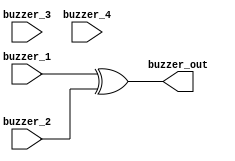
module buzzer_mixer(
	input buzzer_1,
	input buzzer_2,
	input buzzer_3,
	input buzzer_4,
	
	output buzzer_out);
	
	assign buzzer_out = buzzer_1 ^ buzzer_2;
	
endmodule